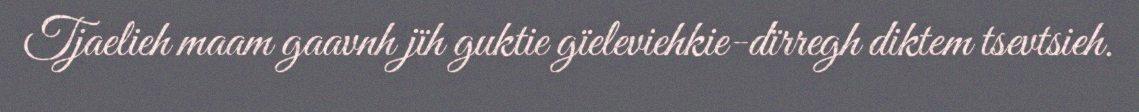
Tjaelieh maam gaavnh jïh guktie gïeleviehkie-dïrregh diktem tsevtsieh.